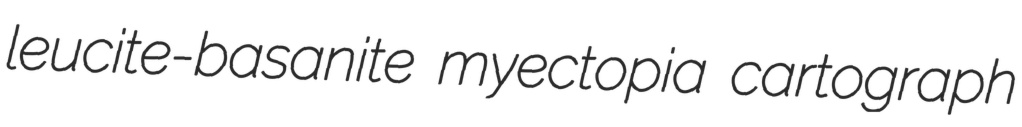
leucite-basanite myectopia cartograph